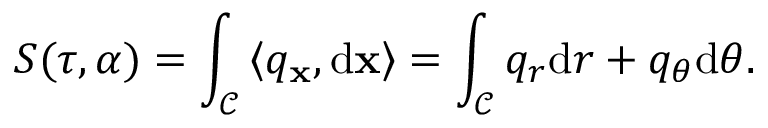
S ( \tau , \alpha ) = \int _ { \mathcal { C } } \left\langle q _ { \mathbf { x } } , \mathrm { d } \mathbf { x } \right\rangle = \int _ { \mathcal { C } } q _ { r } \mathrm { d } r + q _ { \theta } \mathrm { d } \theta .